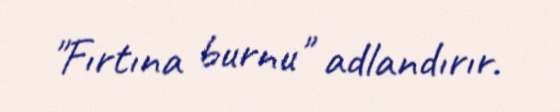
"Fırtına burnu" adlandırır.